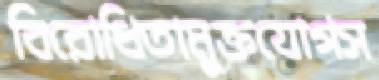
বিরোধিতামুক্তযোগস